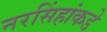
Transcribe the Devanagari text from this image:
नरसिंहांकडे